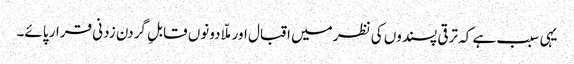
یہی سبب ہے کہ ترقی پسندوں کی نظر میں اقبال اور ملّا دونوں قابلِ گردن زدنی قرار پائے۔